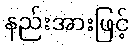
နည်းအားဖြင့်